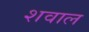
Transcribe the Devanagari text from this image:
शवाल